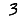
Digit: 3